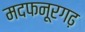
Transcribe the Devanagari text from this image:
मदफनूरगढ़